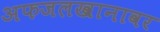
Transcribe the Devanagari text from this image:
अफजलखानावर